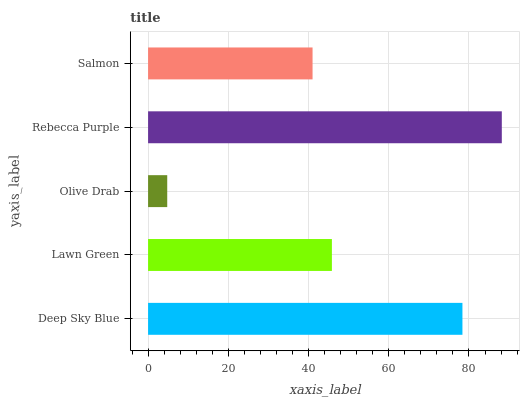
| yaxis_label | bars |
 | --- | --- |
 | Deep Sky Blue | 78.4 |
 | Lawn Green | 45.8 |
 | Olive Drab | 4.77 |
 | Rebecca Purple | 88.2 |
 | Salmon | 41 |